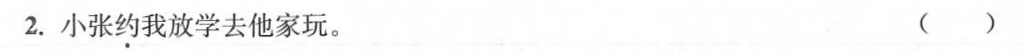
2.小张约我放学去他家玩。 ( )